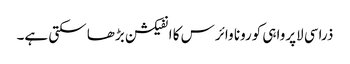
ذراسی لاپرواہی کورونا وائرس کا انفیکشن بڑھا سکتی ہے۔